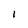
Character: I